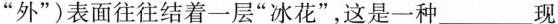
”外”)表面往往结着一层”冰花”，这是一种___现